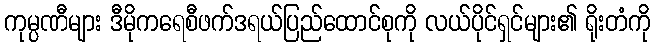
ကုမ္ပဏီများ ဒီမိုကရေစီဖက်ဒရယ်ပြည်ထောင်စုကို လယ်ပိုင်ရှင်များ၏ ရိုးတံကို